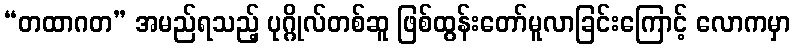
“တထာဂတ” အမည်ရသည့် ပုဂ္ဂိုလ်တစ်ဆူ ဖြစ်ထွန်းတော်မူလာခြင်းကြောင့် လောကမှာ